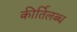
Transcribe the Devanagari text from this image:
कीर्तिलब्ध